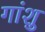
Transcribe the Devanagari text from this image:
गांशु